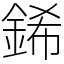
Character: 䤭